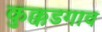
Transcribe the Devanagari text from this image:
कुक्कडगाव